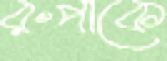
রুপাকে